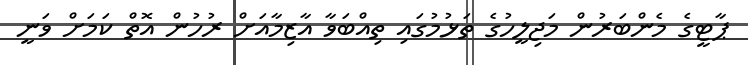
ޕާޓީގެ މެންބަރުން މަޖިލީހުގެ ތަޅުމުގައި ތިއްބަވާ އާޒިމާއަށް ރުހުން އޮތް ކަމަށް ވަނީ